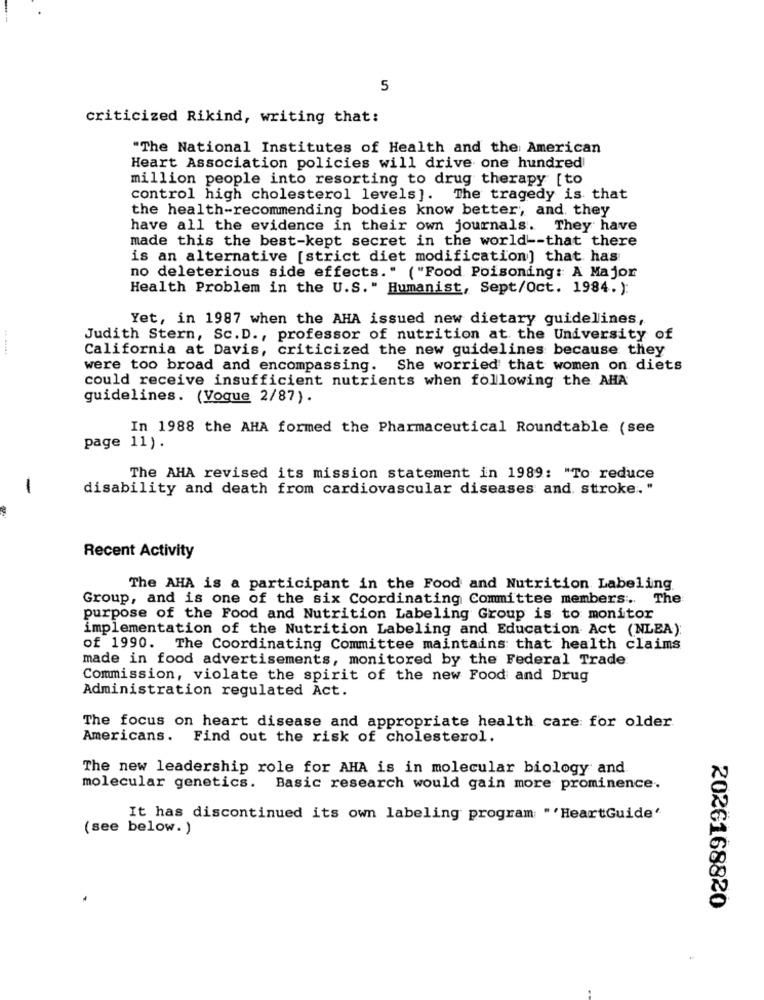
5
criticized Rikind, writing that:
"The National Institutes of Health and the American
Heart Association policies will drive one hundred
million people into resorting to drug therapy [to
control high cholesterol levels]. The tragedy is that
the health-recommending bodies know better ;, and they
have all the evidence in their own journals. They have
made this the best-kept secret in the world -- that there
is an alternative [strict diet modification] that has
no deleterious side effects." ("Food Poisoning: A Major
Health Problem in the U.S." Humanist, Sept/Oct. 1984. ):
Yet, in 1987 when the AHA issued new dietary guidelines,
Judith Stern, Sc.D ., professor of nutrition at the University of
California at Davis, criticized the new guidelines because they
were too broad and encompassing. She worried that women on diets
could receive insufficient nutrients when following the AHA
guidelines. (Vogue 2/87).
In 1988 the AHA formed the Pharmaceutical Roundtable (see
page 11).
The AHA revised its mission statement in 1989: "To reduce
-
disability and death from cardiovascular diseases and stroke."
Recent Activity
The AHA is a participant in the Food and Nutrition Labeling
Group, and is one of the six Coordinating Committee members. The
purpose of the Food and Nutrition Labeling Group is to monitor
implementation of the Nutrition Labeling and Education Act (NLEA):
of 1990. The Coordinating Committee maintains that health claims
made in food advertisements, monitored by the Federal Trade
Commission, violate the spirit of the new Food and Drug
Administration regulated Act.
The focus on heart disease and appropriate health care for older
Americans. Find out the risk of cholesterol.
The new leadership role for AHA is in molecular biology and
molecular genetics. Basic research would gain more prominence.
It has discontinued its own labeling program "'HeartGuide'
(see below.)
2026168820